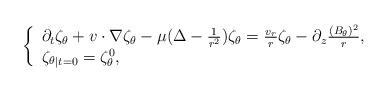
LaTeX: \begin{align*}\left\{ \begin{array}{ll}\partial_{t}\zeta_{\theta}+v\cdot\nabla\zeta_{\theta}-\mu(\Delta-\frac{1}{r^2})\zeta_{\theta}=\frac{v_{r}}{r}\zeta_{\theta}-\partial_z\frac{(B_{\theta})^2}{r} ,\\{\zeta_{\theta}}_{\vert t=0}=\zeta_{\theta}^{0},\end{array} \right.\end{align*}